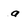
Character: a